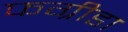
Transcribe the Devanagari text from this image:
फग्रीडा